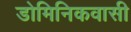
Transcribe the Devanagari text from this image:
डोमिनिकवासी